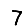
Digit: 7